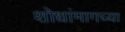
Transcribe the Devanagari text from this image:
शोधांमागच्या